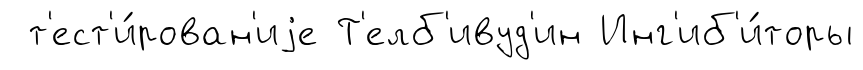
т'ест'и́рован'иjе Т'елб'ивуд'ин Инг'иб'и́торы